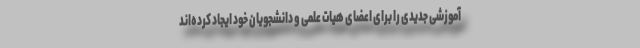
آموزشی جدیدی را برای اعضای هیات علمی و دانشجویان خود ایجاد کرده‌اند